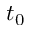
t _ { 0 }